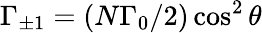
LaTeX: \Gamma_{\pm 1}=(N\Gamma_{0}/2)\cos^{2}\theta